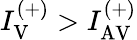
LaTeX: I_{\mathrm{V}}^{(+)}>I_{\mathrm{AV}}^{(+)}